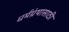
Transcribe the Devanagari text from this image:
धर्मग्रंथासाठी